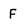
Character: F